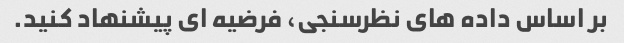
بر اساس داده های نظرسنجی، فرضیه ای پیشنهاد کنید.